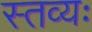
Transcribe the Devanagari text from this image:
स्तव्यः